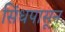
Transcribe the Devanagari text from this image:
सिंधपासून